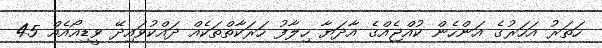
ހަތަރު އަހަރުގެ އަންހެން ކުއްޖެއްގެ އާދަޔާ ހިލާފު ހަރަކާތްތަކެއް ދައްކުވައިދޭ ވީޑިއޯއެއް 45